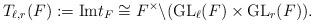
LaTeX: \begin{align*}T_{\ell,r}(F):=\mathrm{Im} t_F\cong F^\times\backslash (\mathrm{GL}_\ell(F) \times \mathrm{GL}_r(F)). \end{align*}